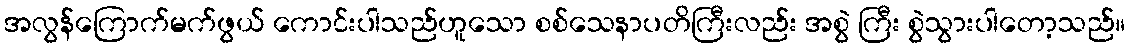
အလွန်ကြောက်မက်ဖွယ် ကောင်းပါသည်ဟူသော စစ်သေနာပတိကြီးလည်း အစွဲ ကြီး စွဲသွားပါတော့သည်။